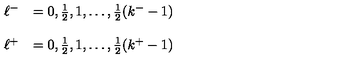
\begin{array} { l l } { \ell ^ { - } } & { = 0 , \frac { 1 } { 2 } , 1 , \dots , \frac { 1 } { 2 } ( k ^ { - } - 1 ) } \\ { } & { } \\ { \ell ^ { + } } & { = 0 , \frac { 1 } { 2 } , 1 , \ldots , \frac { 1 } { 2 } ( k ^ { + } - 1 ) } \\ \end{array}